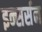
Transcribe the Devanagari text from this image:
इन्सर्सन